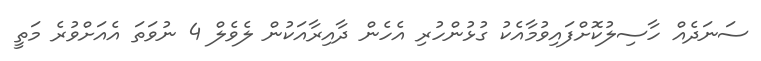
ސަނަދެއް ހާސިލުކޮށްފައިވުމާއެކު ގުޅުންހުރި އެހެން ދާއިރާއަކުން ލެވެލް 4 ނުވަތަ އެއަށްވުރެ މަތީ